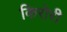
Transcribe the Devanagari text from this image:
किरोरी